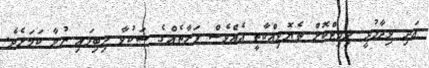
އަދި ވިދާޅުވީ ލިމިޓްކޮށް ތެޔޮވިއްކާތީ އެއްވެސް ފަރާތެއްގެ ޝަކުވާ ލިބިފައި ނުވާ ކަމަށެވެ.